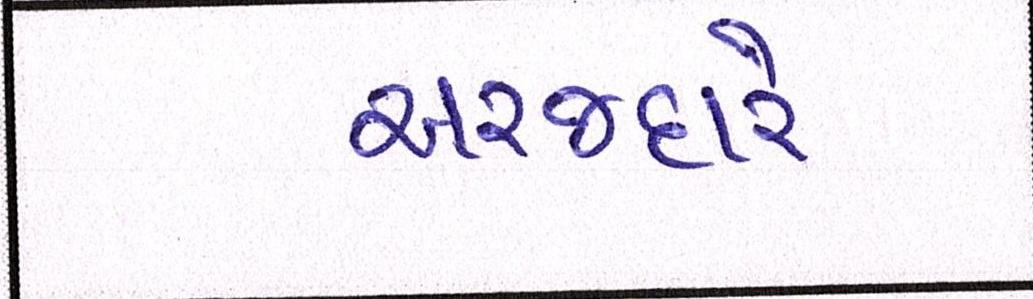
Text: અરજદારે